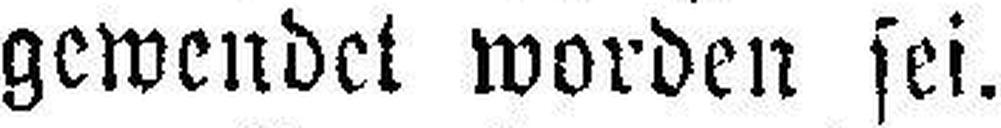
gewendet worden sei.